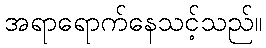
အရာရောက်နေသင့်သည်။